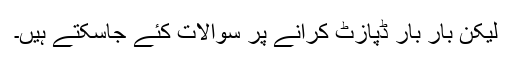
لیکن بار بار ڈپازٹ کرانے پر سوالات کئے جاسکتے ہیں۔